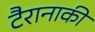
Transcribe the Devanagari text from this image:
टैरानाकी